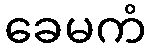
ခေမကံ